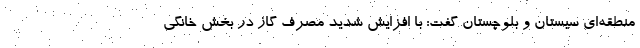
منطقه‌ای سیستان و بلوچستان گفت: با افزایش شدید مصرف گاز در بخش خانگی